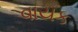
વાયક